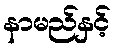
နာမည်နှင့်